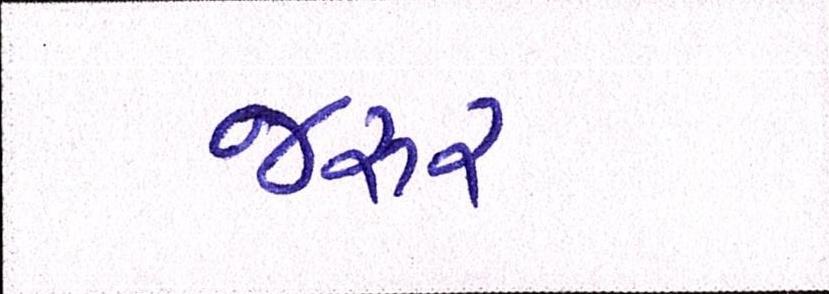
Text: જરૂર